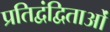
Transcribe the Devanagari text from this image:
प्रतिद्वंद्विताओं